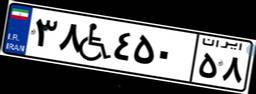
۳۸W۴۵۰۵۸